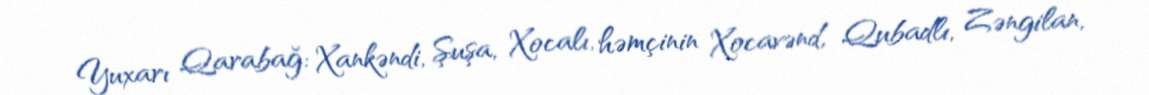
Yuxarı Qarabağ: Xankəndi, Şuşa, Xocalı, həmçinin Xocavənd, Qubadlı, Zəngilan,